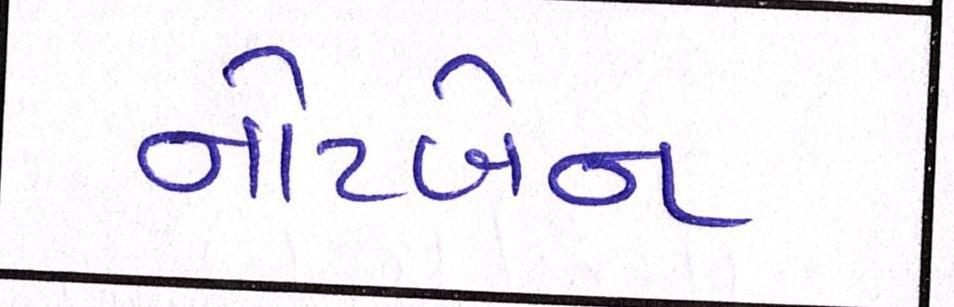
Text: નોટબેન